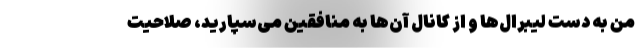
من به دست لیبرال‌ها و از کانال آن‌ها به منافقین می‌سپارید، صلاحیت